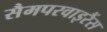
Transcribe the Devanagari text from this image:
सैमपरवाइरैंस